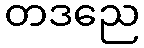
တဒညေ